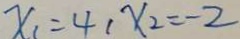
x _ { 1 } = 4 , x _ { 2 } = - 2